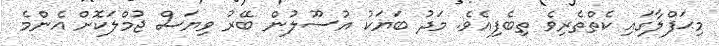
މިޙަފްލާގައި ކެތްތެރިވެ ތިބެފިއެވެ. މަދު ބަޔަކު އުސޫލުން ބޭރު ވިޔަސް ޖުމްލަކޮށް އެންމެ